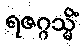
ရဇဂ္ဂသ္မိံ